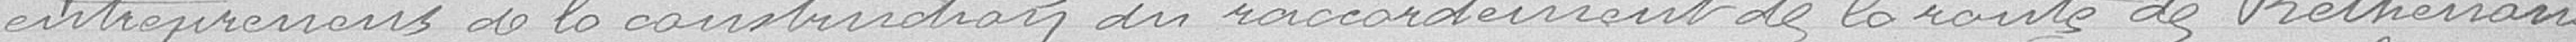
entreprenons de la construction du raccordementde la route de Rethenans